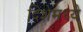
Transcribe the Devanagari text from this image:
दिशेमध्ये